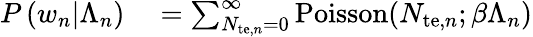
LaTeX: \begin{array}{rl}{P\left(w_{n}|\Lambda_{n}\right)}&{{}=\sum_{N_{\mathrm{te},n}=0}^{\infty}\mathrm{Poisson}(N_{\mathrm{te},n};\beta\Lambda_{n})}\end{array}